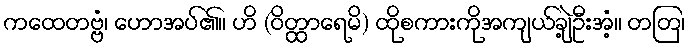
ကထေတဗ္ဗံ၊ ဟောအပ်၏။ ဟိ (ဝိတ္ထာရေမိ) ထိုစကားကိုအကျယ်ချဲ့ဦးအံ့။ တတြ၊